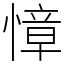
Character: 慞